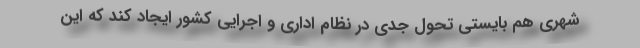
شهری هم بایستی تحول جدی در نظام اداری و اجرایی کشور ایجاد کند که این